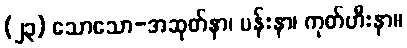
(၂၃) သောသော-အဆုတ်နာ၊ ပန်းနာ၊ ကုတ်ဟီးနာ။